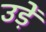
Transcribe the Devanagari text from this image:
उड़ें